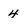
Character: 4